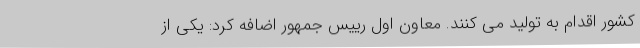
کشور اقدام به تولید می کنند. معاون اول رییس جمهور اضافه کرد: یکی از